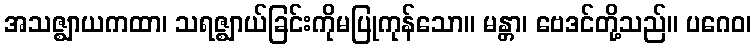
အသဇ္ဈာယကထာ၊ သရဇ္ဈာယ်ခြင်းကိုမပြုကုန်သော။ မန္တာ၊ ဗေဒင်တို့သည်။ ပဂေဝ၊